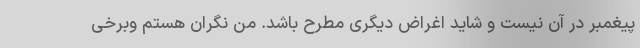
پیغمبر در آن نیست و شاید اغراض دیگری مطرح باشد. من نگران هستم وبرخی